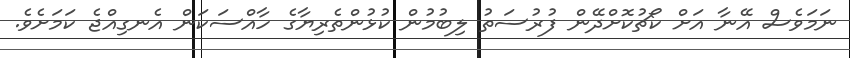
ނަމަވެސް އޭނާ އަށް ކޯޗުކޮށްދޭން ފުރުސަތު ލިބުމުން ކުޅުންތެރިޔާގެ ހާއްސަކަން އެނގިއްޖެ ކަމަށެވެ.